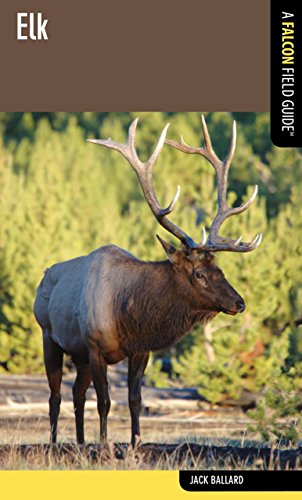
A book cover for Elk: A Falcon Field Guide (Falcon Field Guide Series); Jack Ballard; Sports & Outdoors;